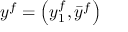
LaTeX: y ^ { f } = \left( y _ { 1 } ^ { f } , { \bar { y } } ^ { f } \right)